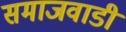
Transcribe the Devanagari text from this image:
समाजवाडी